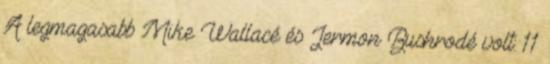
A legmagasabb Mike Wallacé és Jermon Bushrodé volt: 11